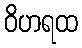
ဝိဟရထ